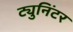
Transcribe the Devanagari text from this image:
ट्युनिंटर